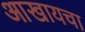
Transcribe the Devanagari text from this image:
आखायचा